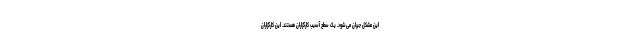
این مشکل جبران می‌شود. یک سطح آسیب کارگزاران هستند. این کارگزاران